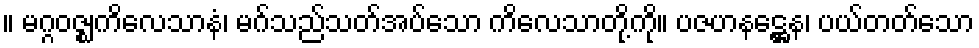
။ မဂ္ဂဝဇ္ဈကိလေသာနံ၊ မဂ်သည်သတ်အပ်သော ကိလေသာတို့ကို။ ပဇဟနဋ္ဌေန၊ ပယ်တတ်သော